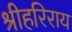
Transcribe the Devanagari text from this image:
श्रीहरिराय